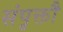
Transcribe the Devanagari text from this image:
संपृक्तौ